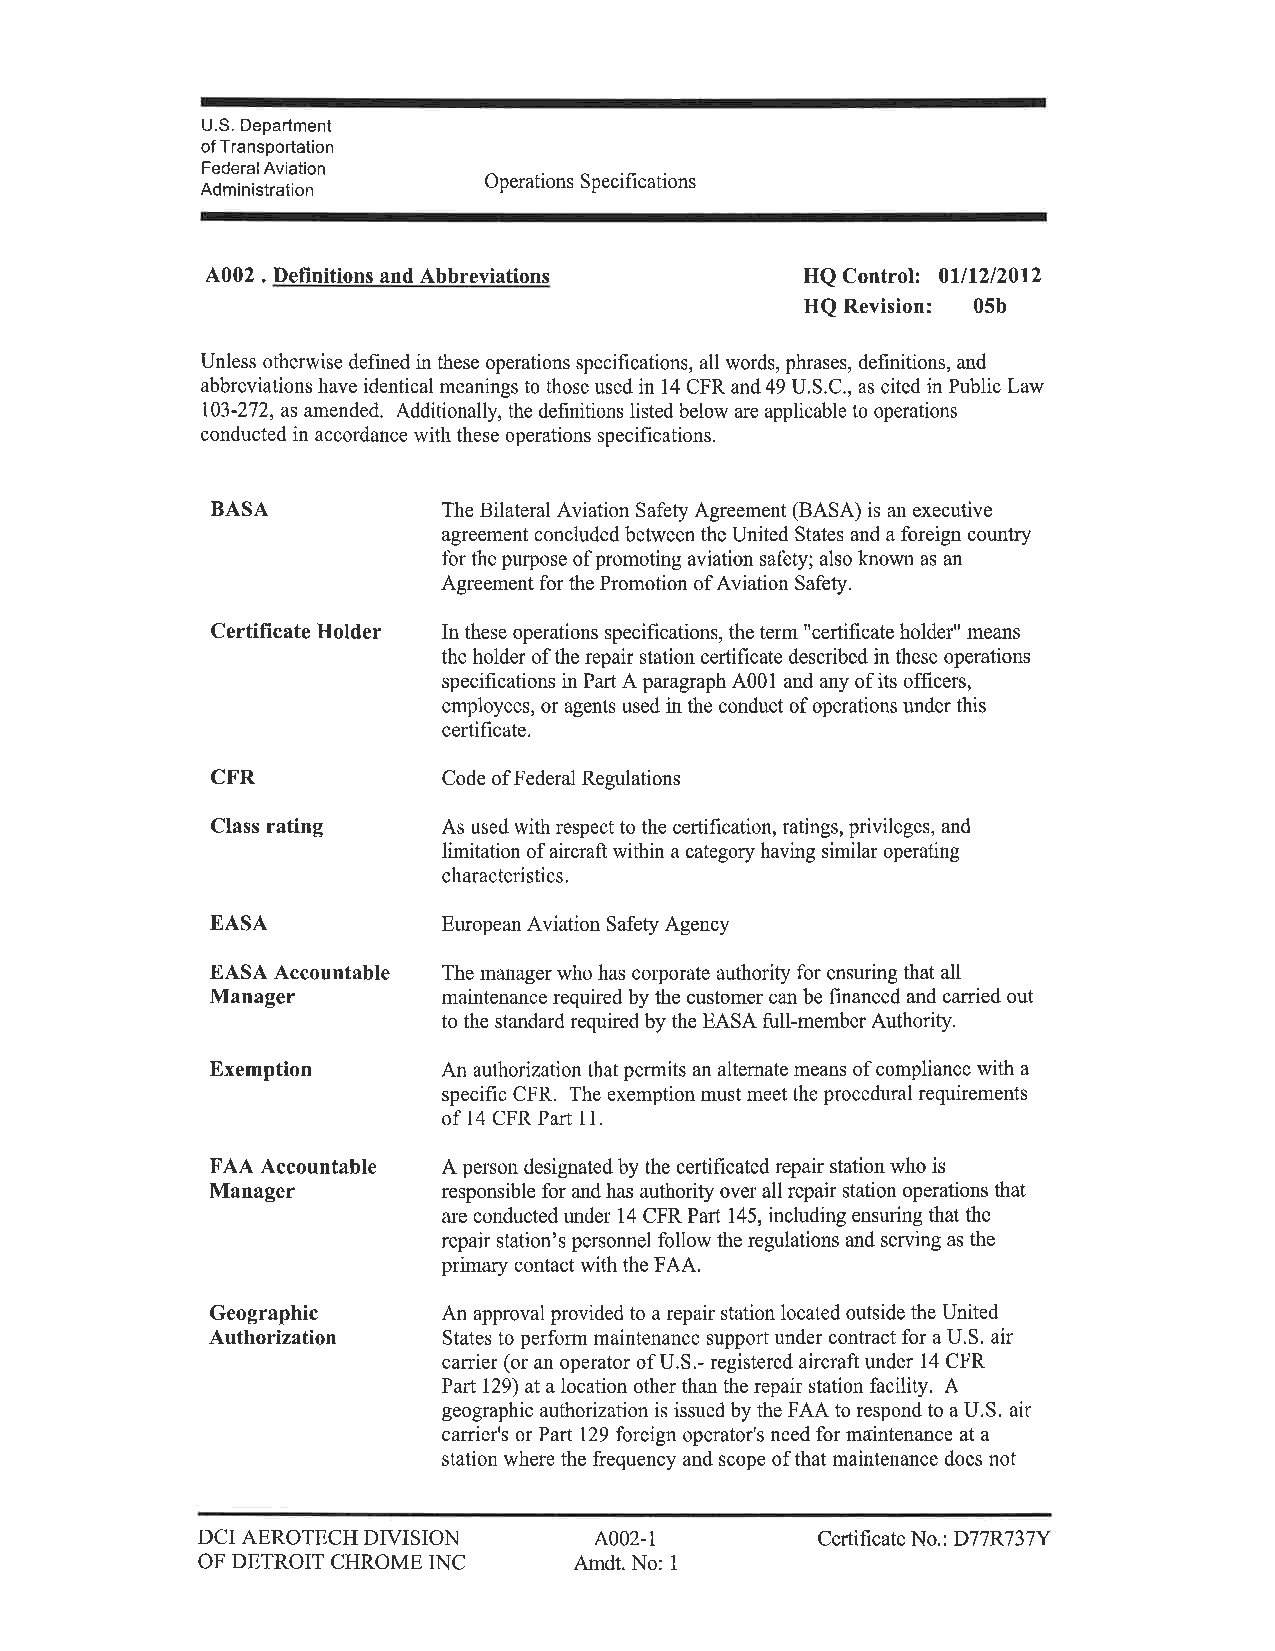
U.S. Department
 of Ïransportation
 Federal Aviation
 Administration     Operations Specifications
 4002 . Definitions and Abbreviations   HQ Control2 0lll2l20l2
 HQ Revision: 05b
 Unless otherwise defined in these operations specifications, all words, phrases, definitions, and
 abbreviations have identical meanings to those used in 14 CFR and 49 U.S.C., as cited in Public Law
 103-272, as amended. Additionally, the defrnitions listed below are applicable to operations
 conducted in accordance with these operations specifications.
 BASA
 The Bilateral Aviation Safety Agreement (BASA) is an executive
 agreement concluded between the United States and a foreign country
 for the purpose of promoting aviation safety; also known as an
 Agreement for the Promotion of Aviation Safety.
 Holder
 Certificate    In these operations specifications, the term "certificate holder" means
 the holder ofthe repair station certificate described in these operations
 specifications in Part A paragraph A00l and any ofits officers,
 employees, or agents used in the conduct of operations under this
 certificate.
 CFR
 Code of Federal Regulations
 rating
 Class          As used with respect to the certification, ratings, privileges, and
 limitation of aircraft within a category having similar operating
 characteristics.
 EASA
 European Aviation Safety Agency
 EASA Accountable The manager who has corporate authority for ensuring that all
 Manager
 maintenance required by the customer can be financed and carried out
 to the standard required by the EASA full-member Authority.
 Exemption
 An authorization that permits an alternate means of compliance with a
 specific CFR. The exemption must meet the procedural requirements
 of 14 CFR Part I L
 Accountable
 FAA            A person designated by the certificated repair station who is
 Manager
 responsible for and has authority over all repair station operations that
 are conducted under 14 CFR Part 145, including ensuring that the
 repair station's personnel follow the regulations and serving as the
 primary contact with the FAA.
 Geographic
 An approval provided to a repair station located outside the United
 Authorization
 States to perform maintenance support under contract for a U.S. air
 carrier (or an operator of U.S.- registered aircraft under 14 CFR
 ParT 129) at a location other than the repair station facility. A
 geographic authorization is issued by the FAA to respond to a U.S. air
 carrier's or Part 129 foreign operator's need for ma-intenance at a
 station where the frequency and scope of that maintenance does not
 DIVISION       4002-1
 DCI AEROTECH                             Certificate No.: D77R737Y
 INC
 OF DETROIT CHROME        Amdt. No:
 1